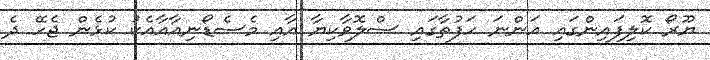
ޔޫރޯ ކޮލިފައިންގައި އަންނަ ހަފުތާގައި ސްލޮވާކިޔާ އާއި މެސެޑޯނިއާއާއެކު ކުޅެން ޖެހޭ ދެ